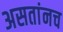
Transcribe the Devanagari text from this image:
असतांनच